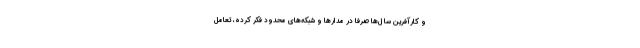
و کارآفرین سا ل‌ها صرفاً در مدارها و شبکه­‌های محدود فکر کرده، تعامل